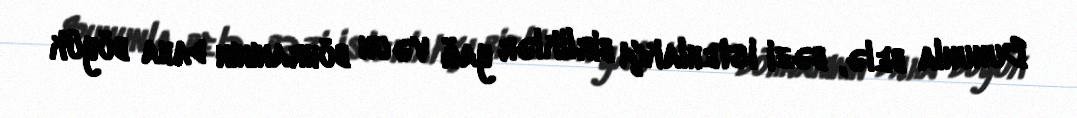
Bununla belə, bəzi istehlakçı birliklər yağ və un böhranının daha böyük